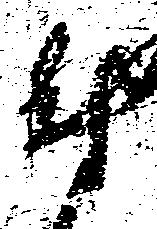
尉